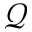
\mathcal { Q }